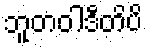
ဘူတဝါဒီတိပိ